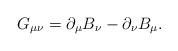
LaTeX: \begin{align*}G_{\mu \nu} = \partial_\mu B_\nu - \partial_\nu B_\mu.\end{align*}